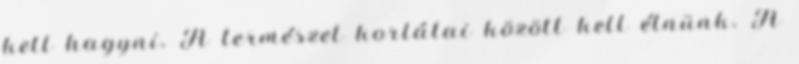
kell hagyni. A természet korlátai között kell élnünk. A